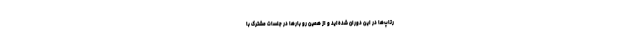
رتاپ‌ها در این دوران شده‌اید و از همین رو بارها در جلسات مشترک با